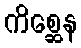
ကိစ္ဆေန